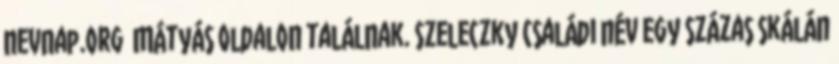
nevnap.org Mátyás oldalon találnak. Szeleczky családi név egy százas skálán